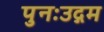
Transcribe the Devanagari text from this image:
पुनःउद्गम